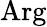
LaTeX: \mathrm{Arg}